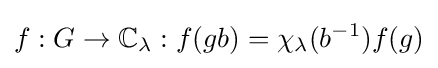
f:G\to \mathbb {C} _{\lambda }:f(gb)=\chi _{\lambda }(b^{-1})f(g)